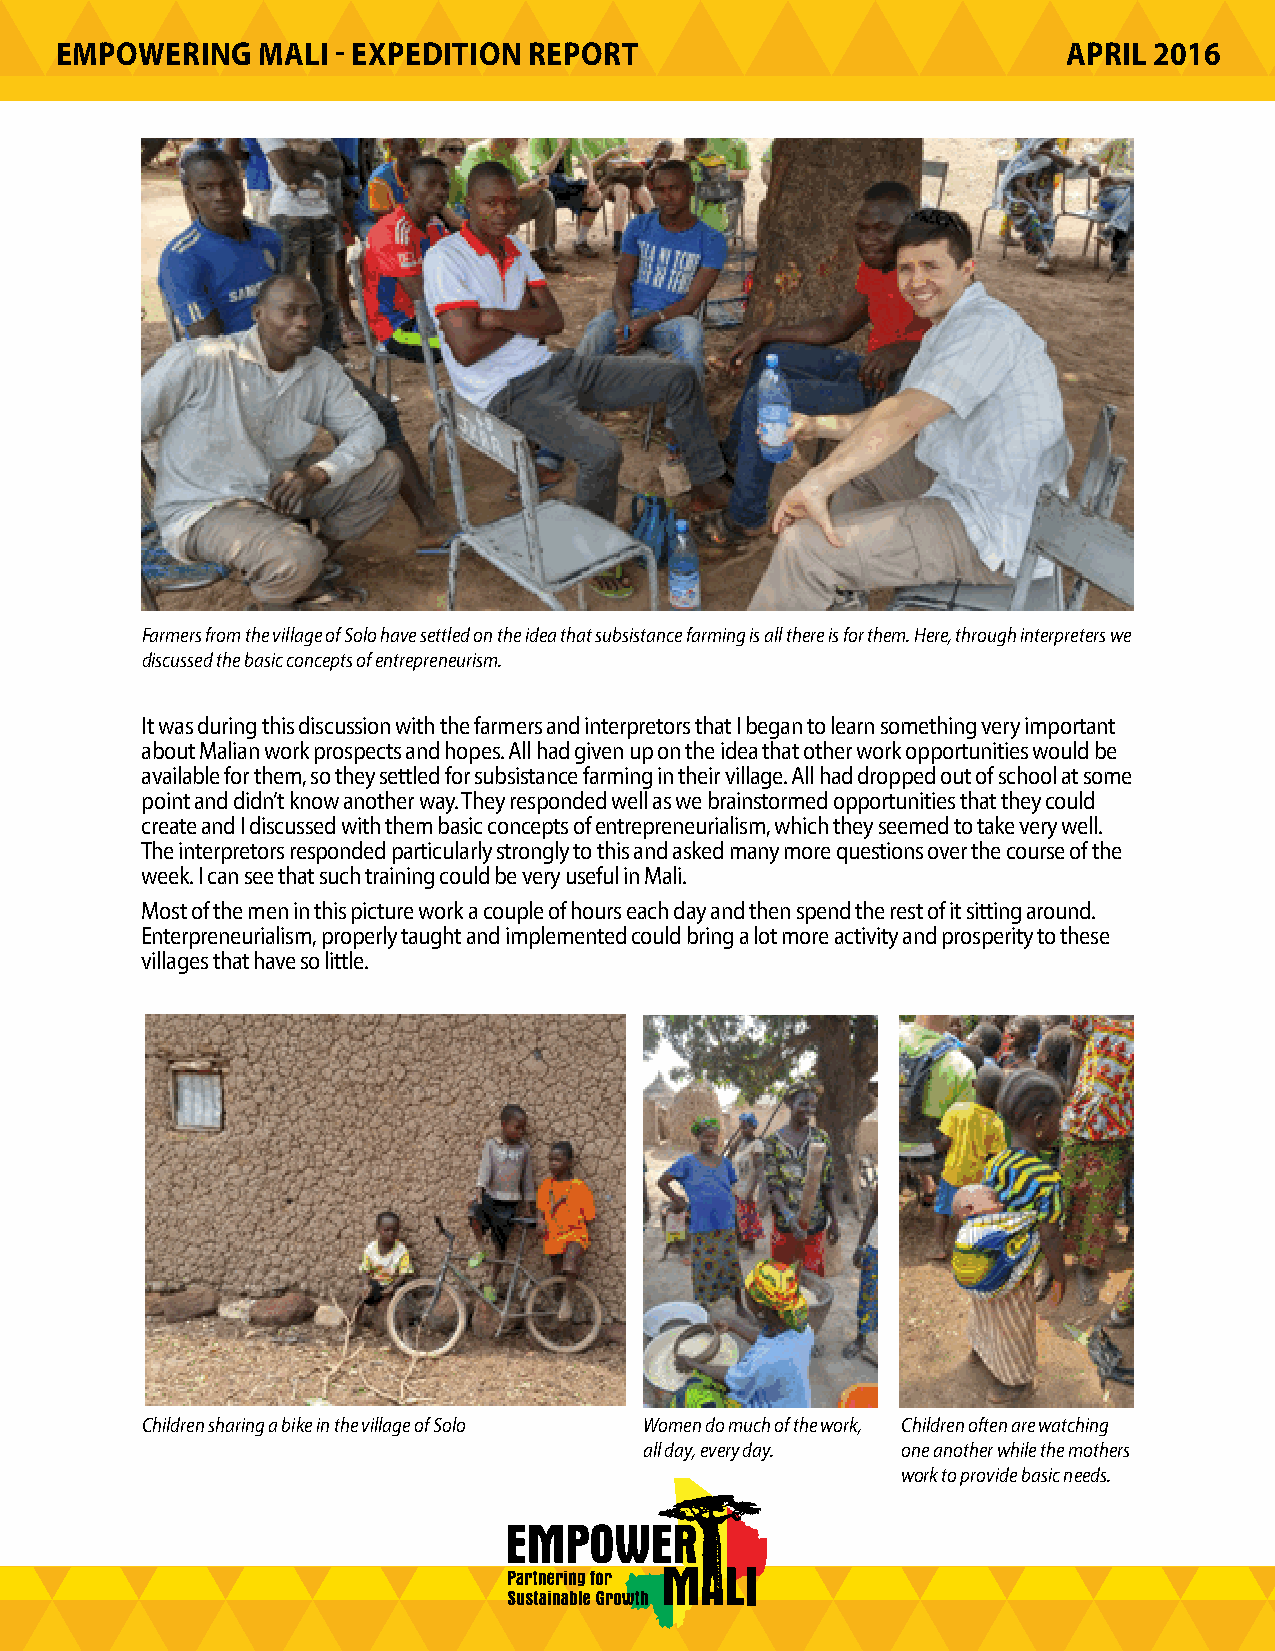
EMPOWERING   MALI - EXPEDITION REPORT                              APRIL 2016
 Farmers from the village of Solo have settled on the idea that subsistance farming is all there is for them. Here, through interpreters we
 discussed the basic concepts of entrepreneurism.
 It was during this discussion with the farmers and interpretors that I began to learn something very important
 about Malian work prospects and hopes. All had given up on the idea that other work opportunities would be
 available for them, so they settled for subsistance farming in their village. All had dropped out of school at some
 point and didn’t know another way. They responded well as we brainstormed opportunities that they could
 create and I discussed with them basic concepts of entrepreneurialism, which they seemed to take very well.
 The interpretors responded particularly strongly to this and asked many more questions over the course of the
 week. I can see that such training could be very useful in Mali.
 Most of the men in this picture work a couple of hours each day and then spend the rest of it sitting around.
 Enterpreneurialism, properly taught and implemented could bring a lot more activity and prosperity to these
 villages that have so little.
 Children sharing a bike in the village of Solo Women do much of the work, Children often are watching
 all day, every day. one another while the mothers
 work to provide basic needs.